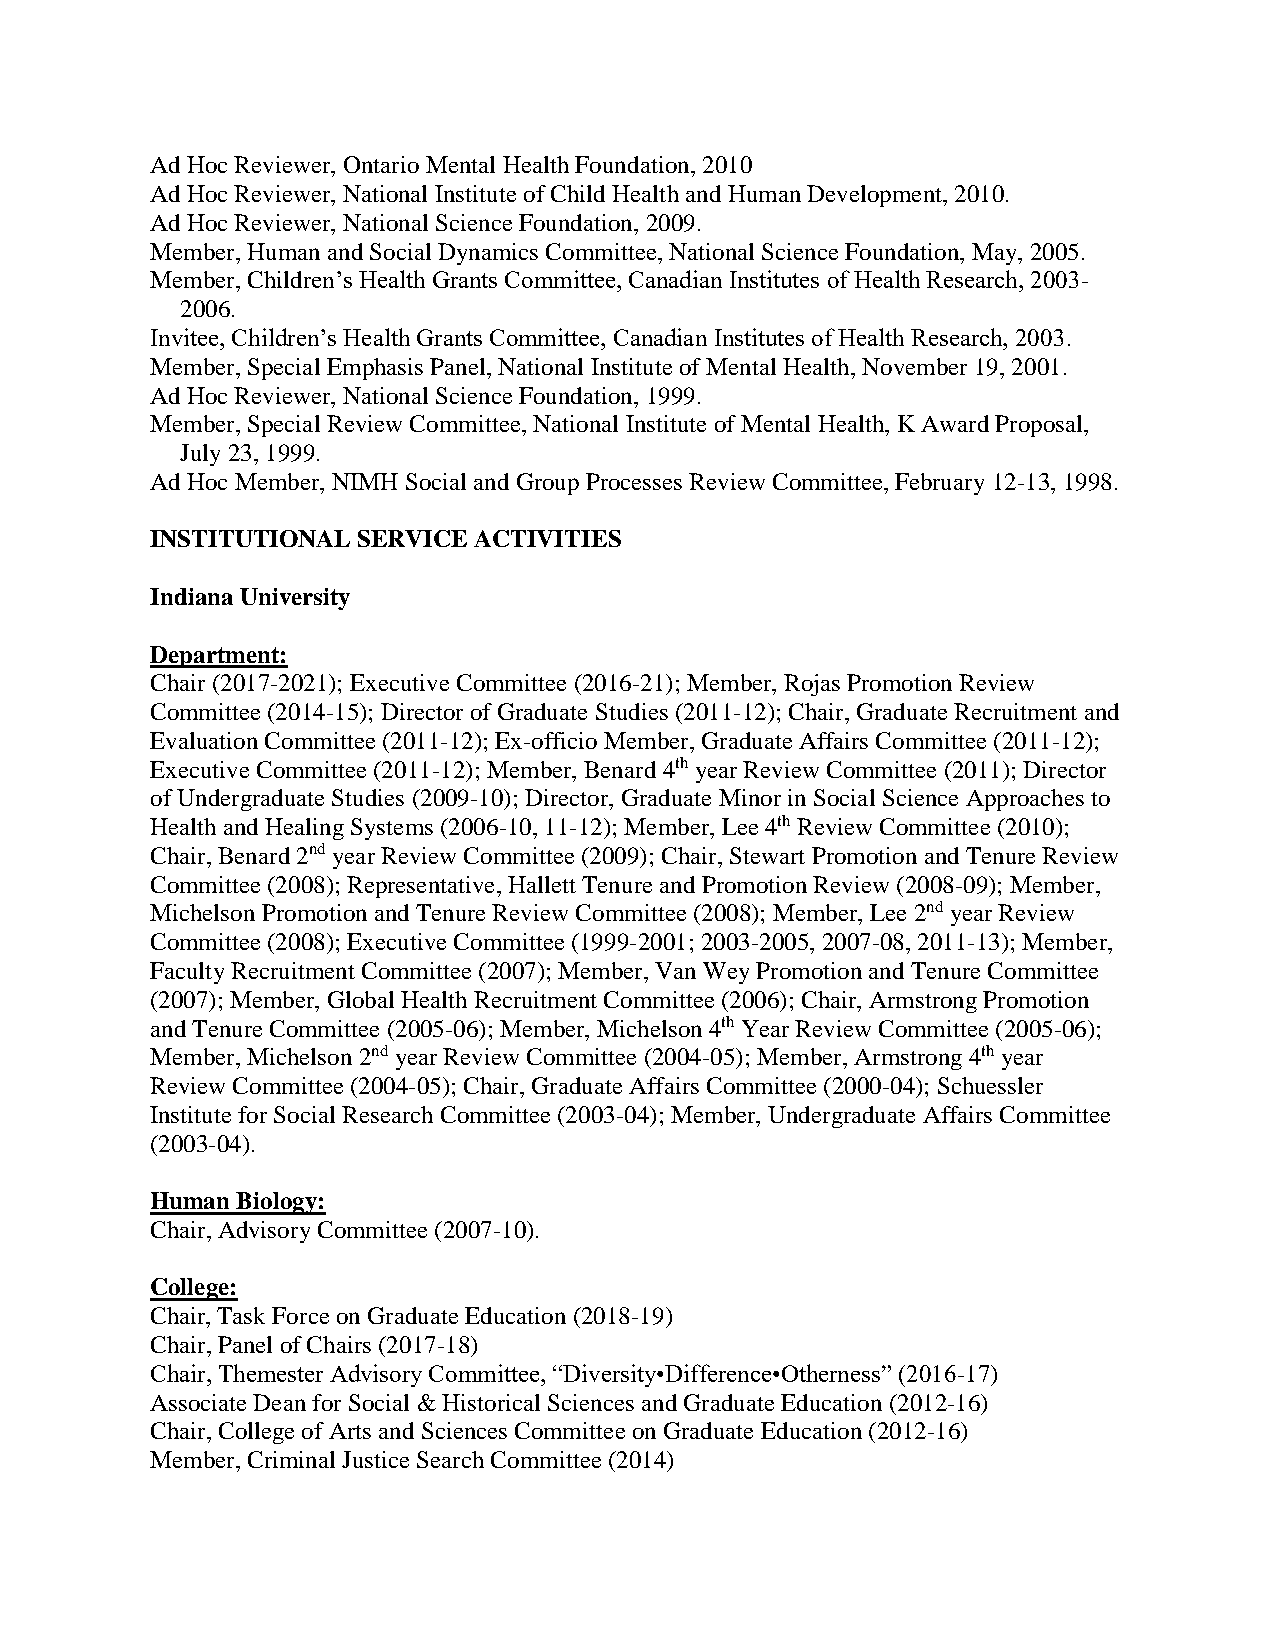
Ad Hoc Reviewer, Ontario Mental Health Foundation, 2010
 Ad Hoc Reviewer, National Institute of Child Health and Human Development, 2010.
 Ad Hoc Reviewer, National Science Foundation, 2009.
 Member, Human and Social Dynamics Committee, National Science Foundation, May, 2005.
 Member, Children’s Health Grants Committee, Canadian Institutes of Health Research, 2003-
 2006.
 Invitee, Children’s Health Grants Committee, Canadian Institutes of Health Research, 2003.
 Member, Special Emphasis Panel, National Institute of Mental Health, November 19, 2001.
 Ad Hoc Reviewer, National Science Foundation, 1999.
 Member, Special Review Committee, National Institute of Mental Health, K Award Proposal,
 July 23, 1999.
 Ad Hoc Member, NIMH Social and Group Processes Review Committee, February 12-13, 1998.
 INSTITUTIONAL SERVICE ACTIVITIES
 Indiana University
 Department:
 Chair (2017-2021); Executive Committee (2016-21); Member, Rojas Promotion Review
 Committee (2014-15); Director of Graduate Studies (2011-12); Chair, Graduate Recruitment and
 Evaluation Committee (2011-12); Ex-officio Member, Graduate Affairs Committee (2011-12);
 Executive Committee (2011-12); Member, Benard 4th year Review Committee (2011); Director
 of Undergraduate Studies (2009-10); Director, Graduate Minor in Social Science Approaches to
 Health and Healing Systems (2006-10, 11-12); Member, Lee 4th Review Committee (2010);
 Chair, Benard 2nd year Review Committee (2009); Chair, Stewart Promotion and Tenure Review
 Committee (2008); Representative, Hallett Tenure and Promotion Review (2008-09); Member,
 Michelson Promotion and Tenure Review Committee (2008); Member, Lee 2nd year Review
 Committee (2008); Executive Committee (1999-2001; 2003-2005, 2007-08, 2011-13); Member,
 Faculty Recruitment Committee (2007); Member, Van Wey Promotion and Tenure Committee
 (2007); Member, Global Health Recruitment Committee (2006); Chair, Armstrong Promotion
 and Tenure Committee (2005-06); Member, Michelson 4th Year Review Committee (2005-06);
 Member, Michelson 2nd year Review Committee (2004-05); Member, Armstrong 4th year
 Review Committee (2004-05); Chair, Graduate Affairs Committee (2000-04); Schuessler
 Institute for Social Research Committee (2003-04); Member, Undergraduate Affairs Committee
 (2003-04).
 Human Biology:
 Chair, Advisory Committee (2007-10).
 College:
 Chair, Task Force on Graduate Education (2018-19)
 Chair, Panel of Chairs (2017-18)
 Chair, Themester Advisory Committee, “Diversity•Difference•Otherness” (2016-17)
 Associate Dean for Social & Historical Sciences and Graduate Education (2012-16)
 Chair, College of Arts and Sciences Committee on Graduate Education (2012-16)
 Member, Criminal Justice Search Committee (2014)